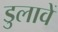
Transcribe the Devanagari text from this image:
डुलावें